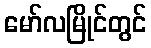
မော်လမြိုင်တွင်